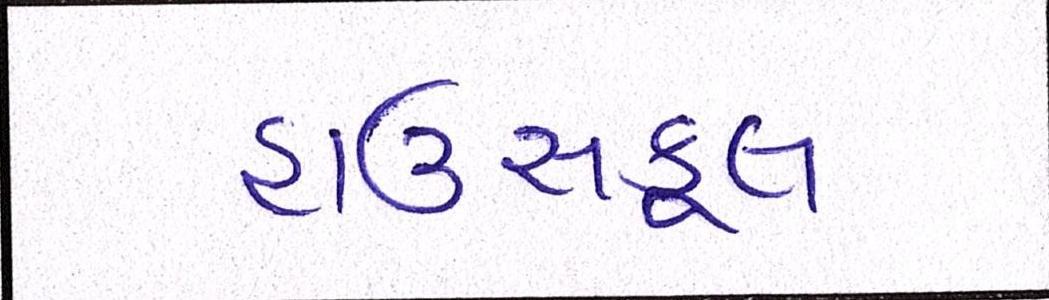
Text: હાઉસફૂલ